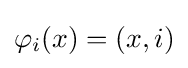
\varphi _{i}(x)=(x,i)